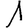
Digit: 1